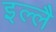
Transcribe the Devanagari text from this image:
इल्लै